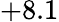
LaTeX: +8.1